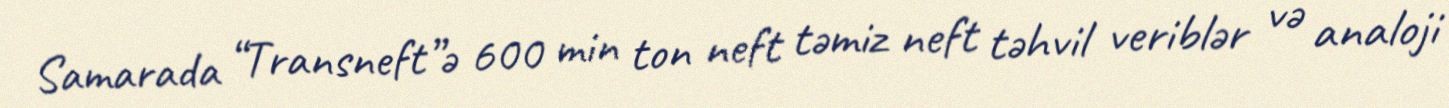
Samarada “Transneft”ə 600 min ton neft təmiz neft təhvil veriblər və analoji